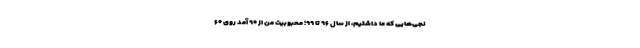
نجی‌هایی که ما داشتیم، از سال ۹۶ تا ۹۹؛ محبوبیت من از ۹۰ آمد روی ۶۰